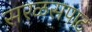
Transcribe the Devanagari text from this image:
सरळसपाट